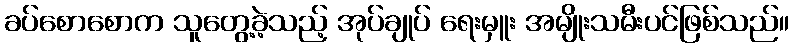
ခပ်စောစောက သူတွေ့ခဲ့သည့် အုပ်ချုပ် ရေးမှူး အမျိုးသမီးပင်ဖြစ်သည်။